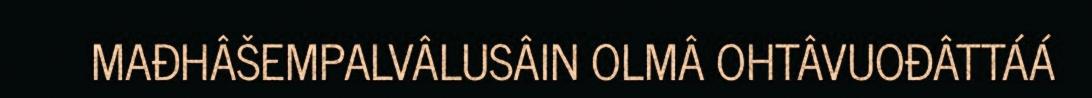
MAĐHÂŠEMPALVÂLUSÂIN OLMÂ OHTÂVUOĐÂTTÁÁ